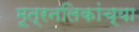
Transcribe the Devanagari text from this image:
मूत्रनलिकांच्या